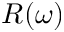
R ( \omega )